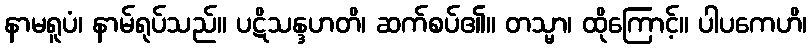
နာမရူပံ၊ နာမ်ရုပ်သည်။ ပဋိသန္ဒဟတိ၊ ဆက်စပ်၏။ တသ္မာ၊ ထိုကြောင့်။ ပါပကေဟိ၊